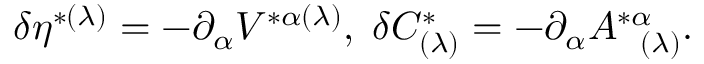
\delta \eta ^ { * ( \lambda ) } = - \partial _ { \alpha } V ^ { * \alpha ( \lambda ) } , \; \delta C _ { ( \lambda ) } ^ { * } = - \partial _ { \alpha } A _ { \; \; \; ( \lambda ) } ^ { * \alpha } .